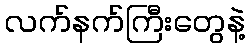
လက်နက်ကြီးတွေနဲ့